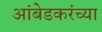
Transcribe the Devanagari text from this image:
आंबेडकरंच्या